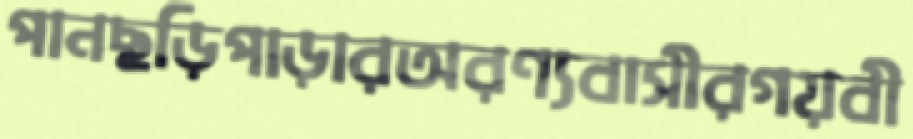
পানছড়িপাড়ারঅরণ্যবাসীরগয়বী